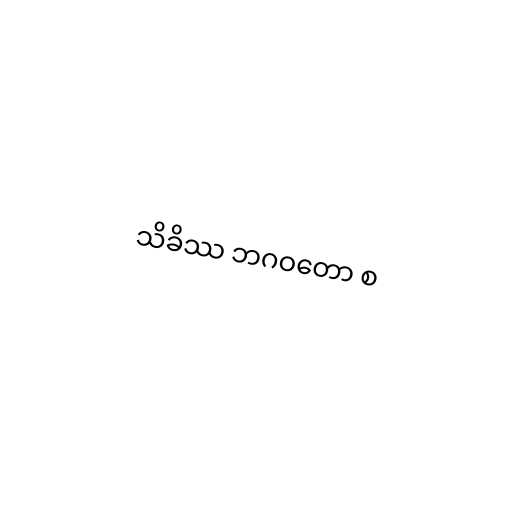
သိခိဿ ဘဂဝတော စ